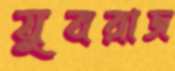
যুবরাজ